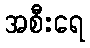
အစီးရေ